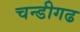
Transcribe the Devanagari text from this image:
चन्डीगढ